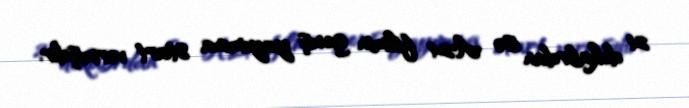
21 dekabrdan isə A24 filmin geniş yayımına start vermişdir.